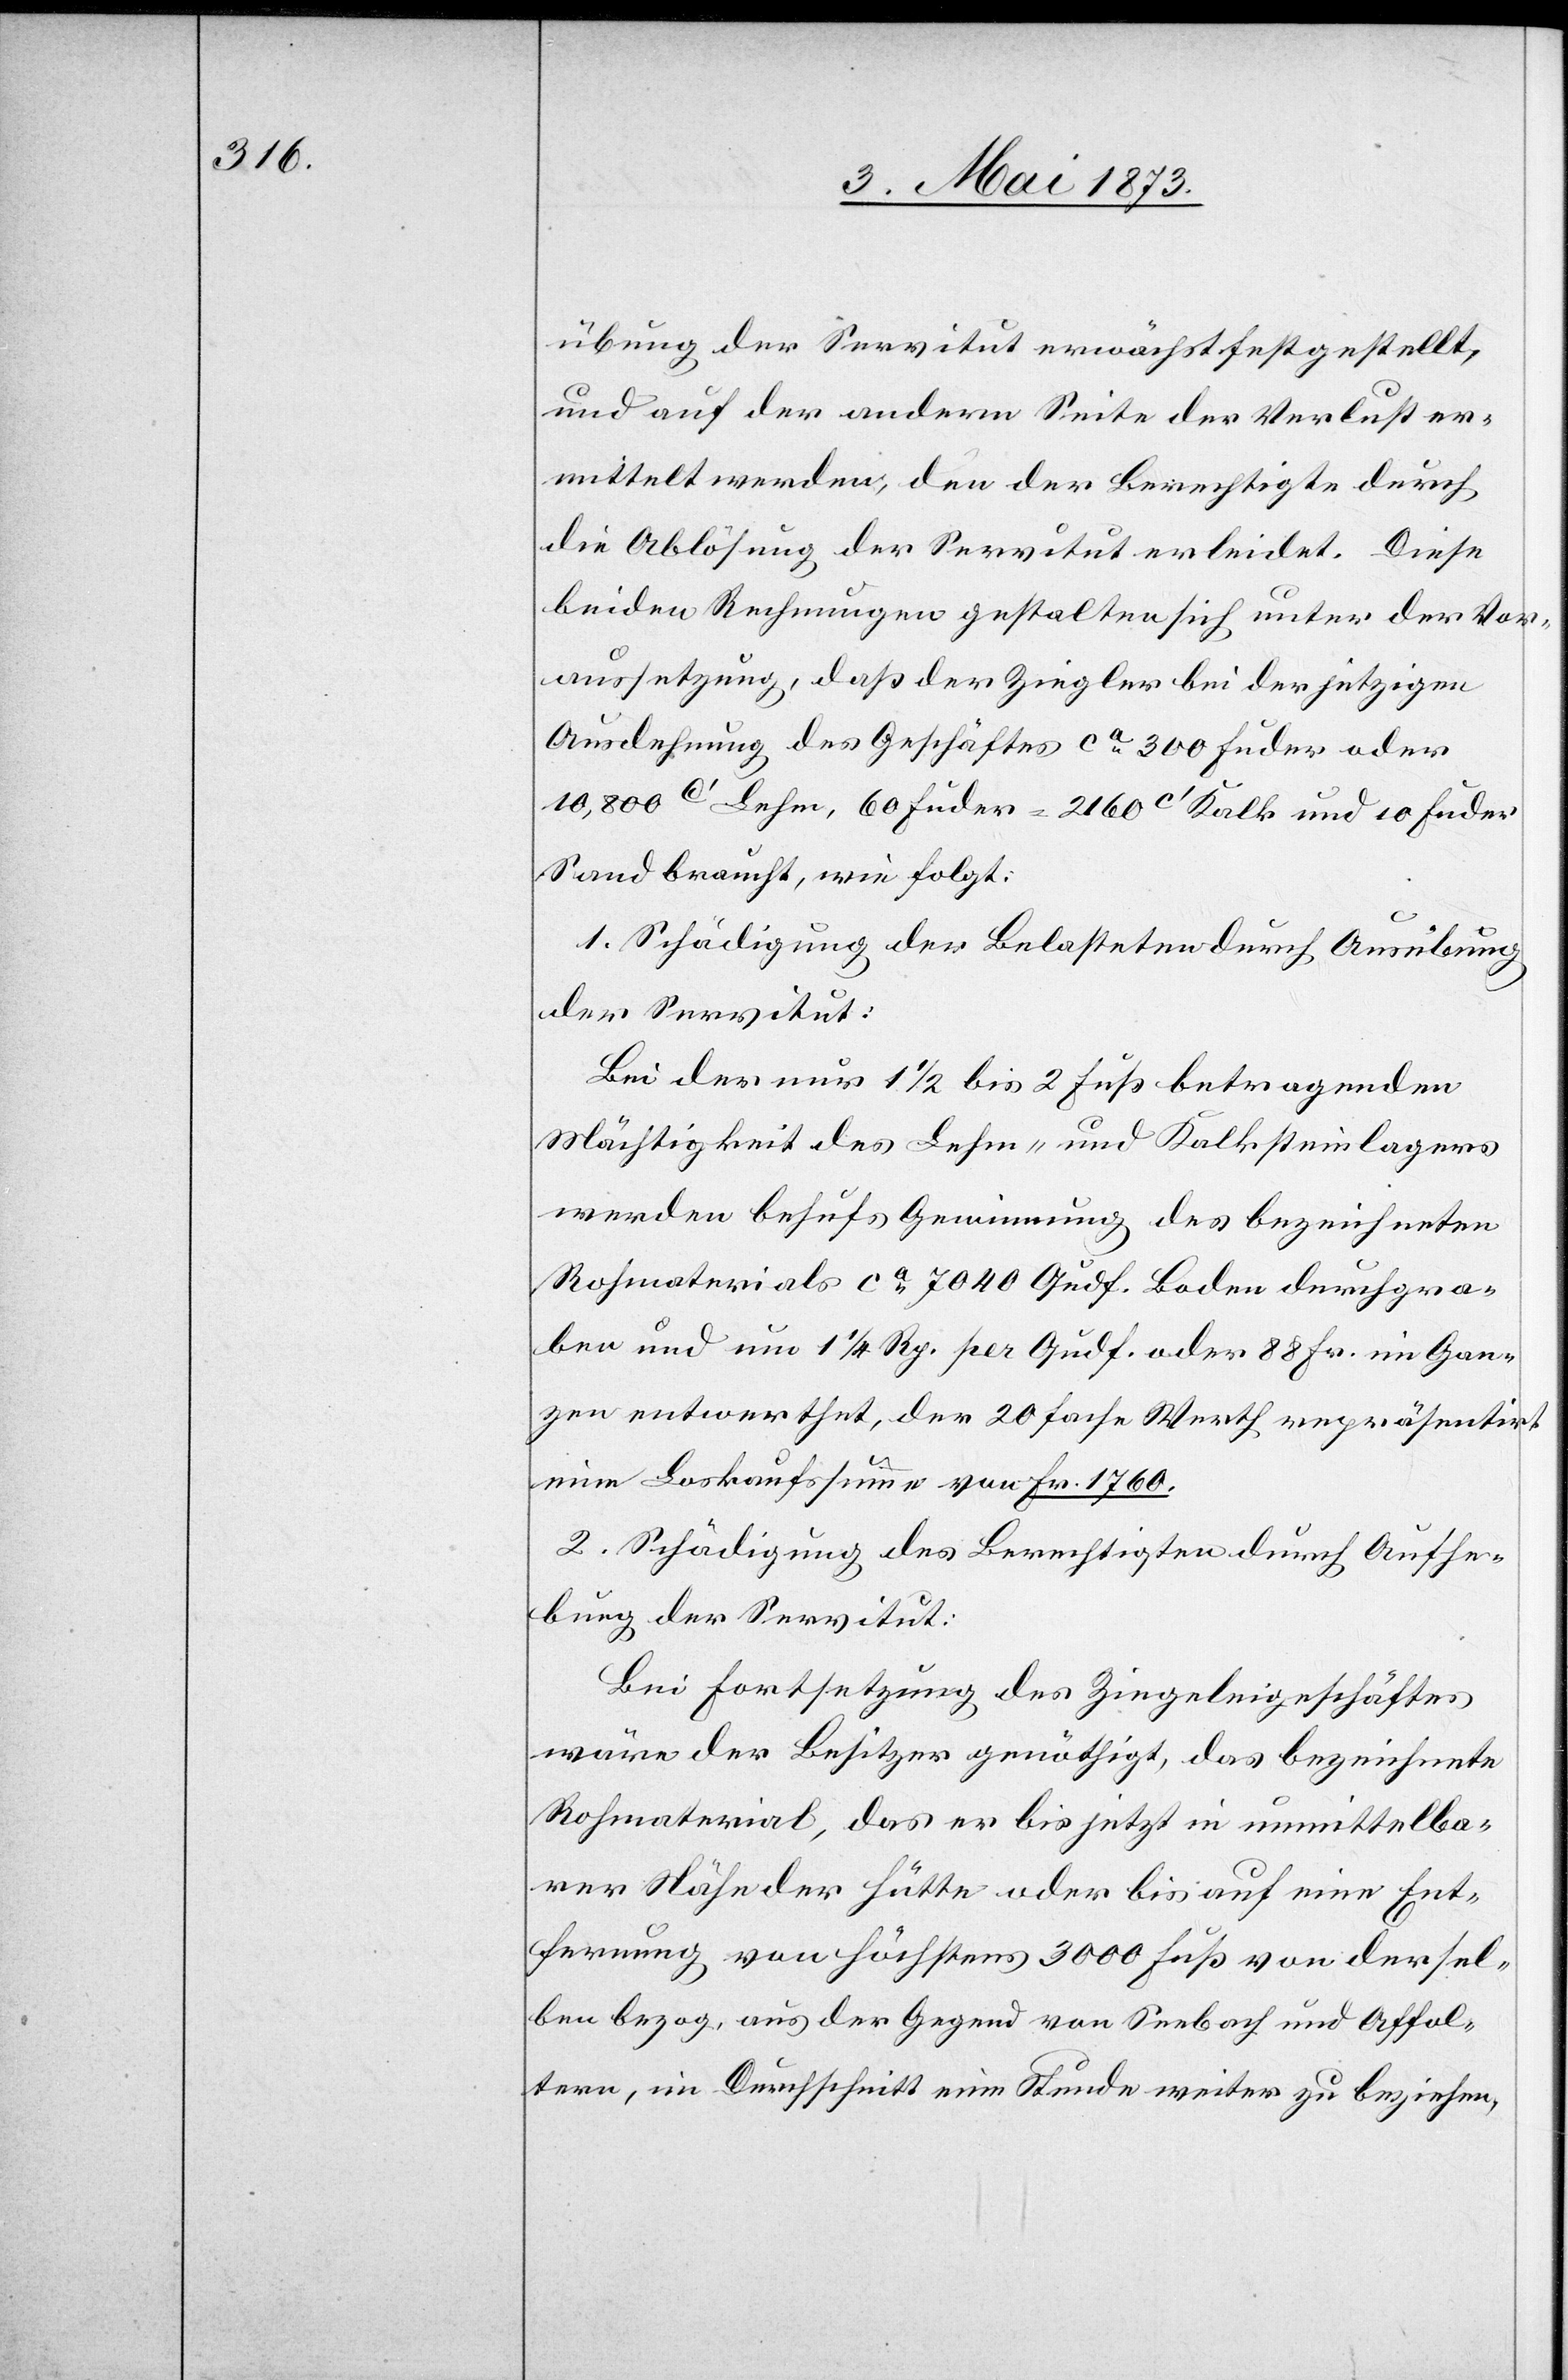
übung der Servitut erwächst festgestellt,
und auf der andern Seite der Verlust er¬
mittelt werden, den der Berechtigte durch
die Ablösung der Servitut erleidet. Diese
beiden Rechnungen gestalten sich unter der Vor¬
aussetzung, daß der Ziegler bei der jetzigen
Ausdehnung des Geschäftes ca 300 Fuder oder
10,800c‘ Lehm, 60 Fuder = 2 160 c‘ Kalk und 10 Fuder
Sand braucht, wie folgt:
1. Schädigung der Belasteten durch Ausübung
der Servitut:
Bei der nur 1 1/2 bis 2 Fuß betragenden
Mächtigkeit des Lehm- und Kalksteinlagers
werden behufs Gewinnung des bezeichneten
Rohmaterials ca 7 040 Qudf. Boden durchgra¬
ben und um 1 1/4 Rp. per Qudf. oder 88 Fr. im Gan¬
zen entwerthet, der 20fache Werth repräsentirt
eine Loskaufssumme von Fr. 1 760.
2. Schädigung des Berechtigten durch Aufhe¬
bung der Servitut:
Bei Fortsetzung des Ziegeleigeschäftes
wäre der Besitzer genöthigt, das bezeichnete
Rohmaterial, das er bis jetzt in unmittelba¬
rer Nähe der Hütte oder bis auf eine Ent¬
fernung von höchstens 3 000 Fuß von dersel¬
ben bezog, aus der Gegend von Seebach und Affol¬
tern, im Durchschnitt eine Stunde weiter zu beziehen,